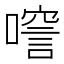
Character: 𠾘